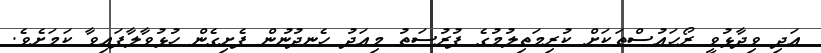
އަދި ވިދާޅުވީ ރޯހައުސްތަކަށް ކުރިމަތިލުމުގެ ފުރުސަތު މިއަދު ހެނދުނުން ފެށިގެން ހުޅުވާލާފައިވާ ކަމަށެވެ.